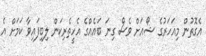
އެގޮތުން މިއަހަރުގެ ޝޯއަށް ވެސް ގިނަ ބައެއްގެ އެހީތެރިކަން ލިބިފައިވާ ކަމަށް އެ